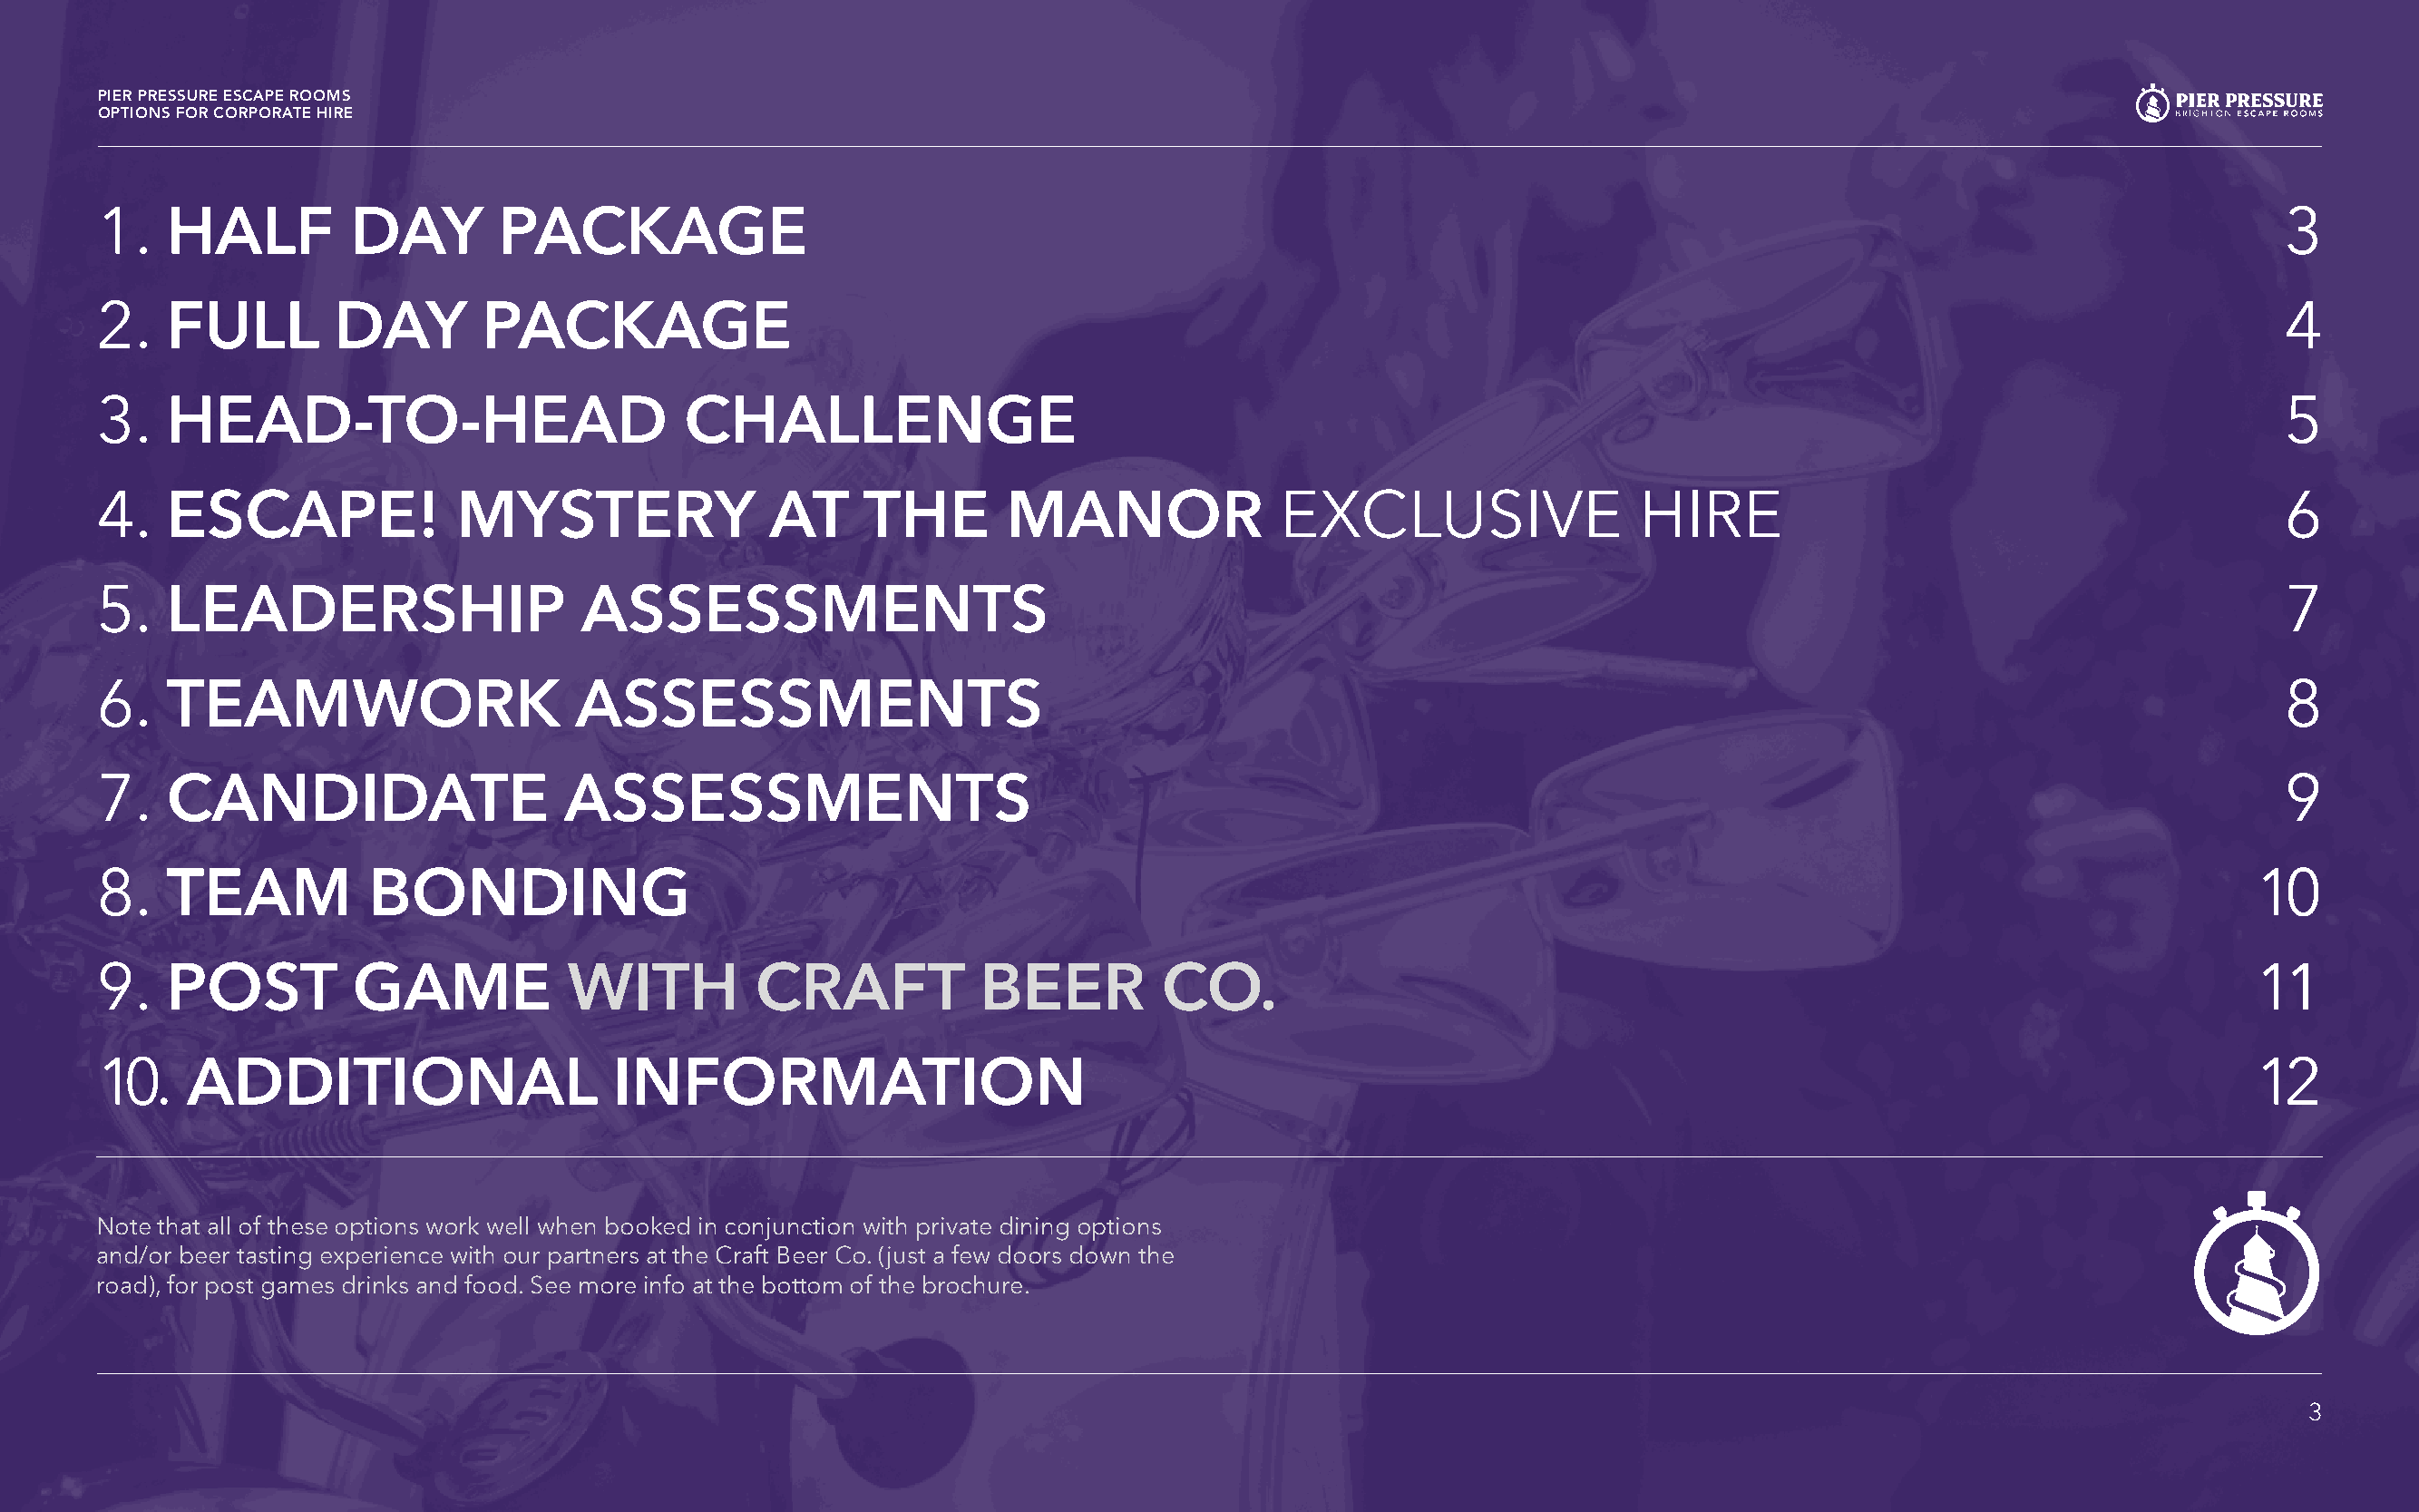
PIER PRESSURE ESCAPE ROOMS
 OPTIONS FOR CORPORATE HIRE
 1.   HALF          DAY        PACKAGE                                                                                                                           3
 2.   FULL         DAY       PACKAGE                                                                                                                             4
 3.   HEAD-TO-HEAD                          CHALLENGE                                                                                                            5
 4.   ESCAPE!              MYSTERY                AT     THE        MANOR               EXCLUSIVE                 HIRE                                           6
 5.   LEADERSHIP                     ASSESSMENTS                                                                                                                 7
 6.   TEAMWORK                      ASSESSMENTS                                                                                                                  8
 7.   CANDIDATE                    ASSESSMENTS                                                                                                                   9
 8.   TEAM           BONDING                                                                                                                                   10
 9.   POST          GAME           WITH          CRAFT            BEER         CO.                                                                             11
 10.    ADDITIONAL                      INFORMATION                                                                                                            12
 Note that all of these options work well when booked in conjunction with private dining options
 and/or beer tasting experience with our partners at the Craft Beer Co. (just a few doors down the
 road), for post games drinks and food. See more info at the bottom of the brochure.
 3